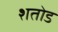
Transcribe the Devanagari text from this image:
शतोड